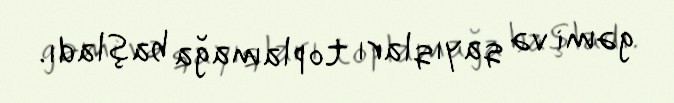
gəmi və qayıqları toplamağa başladı.